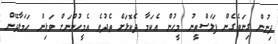
ދިނުން ގިނަވެގެން ފަލަސްތީނު މީހުން އެކަމާ ދެކޮޅަށް ތެދުވެ އެމީހުންނަށް ވަޅިން ހަމަލާދޭން